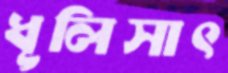
ধূলিসাৎ